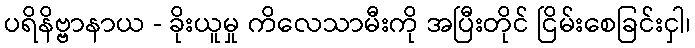
ပရိနိဗ္ဗာနာယ - ခိုးယူမှု ကိလေသာမီးကို အပြီးတိုင် ငြိမ်းစေခြင်းငှါ၊